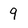
Character: 9